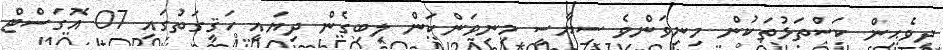
ދިވެޙިން ކަސްތަޅުތަކުން މިނިވަންވެ ސިޔާސީ މިނިވަންކަން ލިބިގެން ދިޔައީ ހަޤީގަތުގައި 07 އޮގަސްޓް